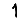
Digit: 1